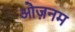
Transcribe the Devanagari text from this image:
ओज़नम